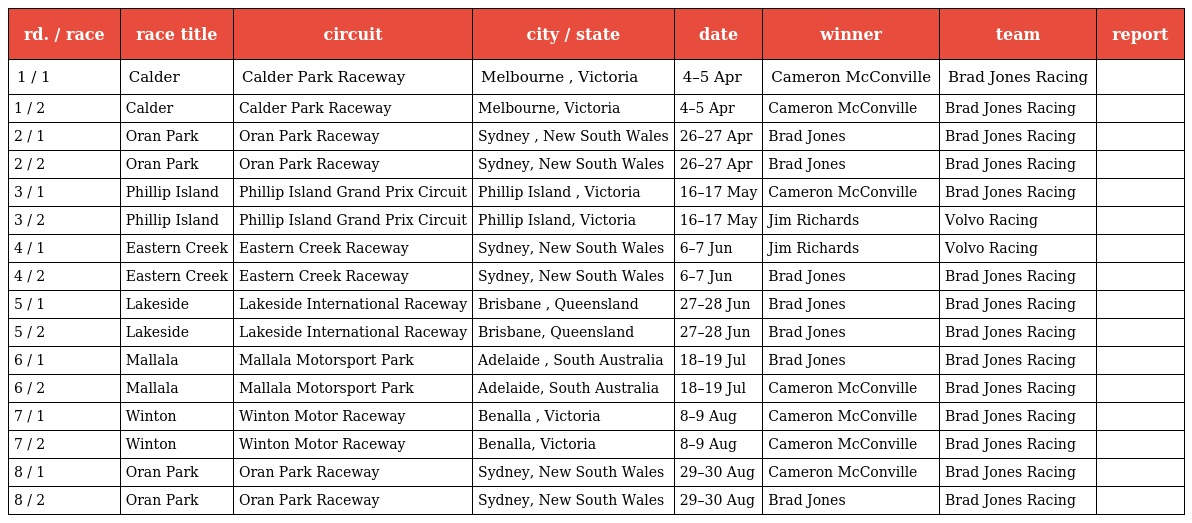
| rd. / race | race title | circuit | city / state | date | winner | team | report |
 | --- | --- | --- | --- | --- | --- | --- | --- |
 | 1 / 1 | Calder | Calder Park Raceway | Melbourne , Victoria | 4–5 Apr | Cameron McConville | Brad Jones Racing |  |
 | 1 / 2 | Calder | Calder Park Raceway | Melbourne, Victoria | 4–5 Apr | Cameron McConville | Brad Jones Racing |  |
 | 2 / 1 | Oran Park | Oran Park Raceway | Sydney , New South Wales | 26–27 Apr | Brad Jones | Brad Jones Racing |  |
 | 2 / 2 | Oran Park | Oran Park Raceway | Sydney, New South Wales | 26–27 Apr | Brad Jones | Brad Jones Racing |  |
 | 3 / 1 | Phillip Island | Phillip Island Grand Prix Circuit | Phillip Island , Victoria | 16–17 May | Cameron McConville | Brad Jones Racing |  |
 | 3 / 2 | Phillip Island | Phillip Island Grand Prix Circuit | Phillip Island, Victoria | 16–17 May | Jim Richards | Volvo Racing |  |
 | 4 / 1 | Eastern Creek | Eastern Creek Raceway | Sydney, New South Wales | 6–7 Jun | Jim Richards | Volvo Racing |  |
 | 4 / 2 | Eastern Creek | Eastern Creek Raceway | Sydney, New South Wales | 6–7 Jun | Brad Jones | Brad Jones Racing |  |
 | 5 / 1 | Lakeside | Lakeside International Raceway | Brisbane , Queensland | 27–28 Jun | Brad Jones | Brad Jones Racing |  |
 | 5 / 2 | Lakeside | Lakeside International Raceway | Brisbane, Queensland | 27–28 Jun | Brad Jones | Brad Jones Racing |  |
 | 6 / 1 | Mallala | Mallala Motorsport Park | Adelaide , South Australia | 18–19 Jul | Brad Jones | Brad Jones Racing |  |
 | 6 / 2 | Mallala | Mallala Motorsport Park | Adelaide, South Australia | 18–19 Jul | Cameron McConville | Brad Jones Racing |  |
 | 7 / 1 | Winton | Winton Motor Raceway | Benalla , Victoria | 8–9 Aug | Cameron McConville | Brad Jones Racing |  |
 | 7 / 2 | Winton | Winton Motor Raceway | Benalla, Victoria | 8–9 Aug | Cameron McConville | Brad Jones Racing |  |
 | 8 / 1 | Oran Park | Oran Park Raceway | Sydney, New South Wales | 29–30 Aug | Cameron McConville | Brad Jones Racing |  |
 | 8 / 2 | Oran Park | Oran Park Raceway | Sydney, New South Wales | 29–30 Aug | Brad Jones | Brad Jones Racing |  |